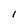
Character: 1